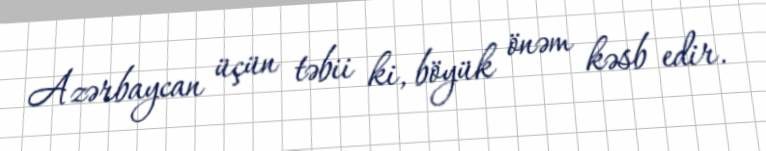
Azərbaycan üçün təbii ki, böyük önəm kəsb edir.